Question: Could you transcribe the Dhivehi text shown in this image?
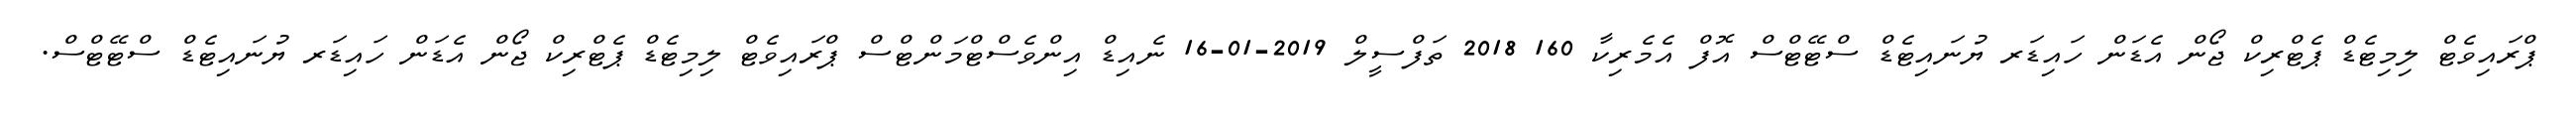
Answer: ޕްރައިވެޓް ލިމިޓެޑް ޕެޓްރިކް ޖޯން އެޑަން ހައިޑަރ ޔުނައިޓެޑް ސްޓޭޓްސް އޮފް އެމެރިކާ 160 2018 ތަފްސީލް 2019-01-16 ނެއިޑް އިންވެސްޓްމަންޓްސް ޕްރައިވެޓް ލިމިޓެޑް ޕެޓްރިކް ޖޯން އެޑަން ހައިޑަރ ޔުނައިޓެޑް ސްޓޭޓްސް.